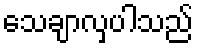
သေချာလှပါသည်